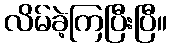
လိမ်ခဲ့ကြပြီးပြီ။